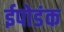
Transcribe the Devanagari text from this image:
ईपोडंक